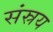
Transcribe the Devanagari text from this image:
संस्रय